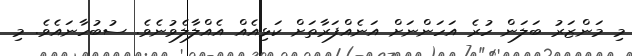
މި މަންޒަރު ބަލަން ހުރެ އަހަންނަށް އަނެއްފަރާތަށް ކަޅިއެއް އެއްލާލެވުނެވެ. ސުބުހާނައެވެ. މި